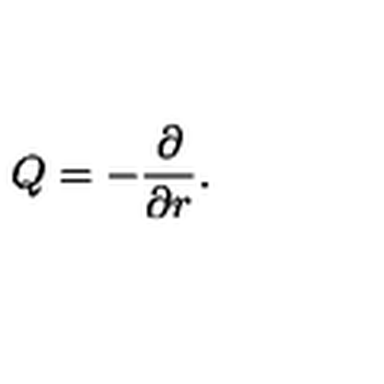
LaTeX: Q = - { \frac { \partial } { \partial r } } .